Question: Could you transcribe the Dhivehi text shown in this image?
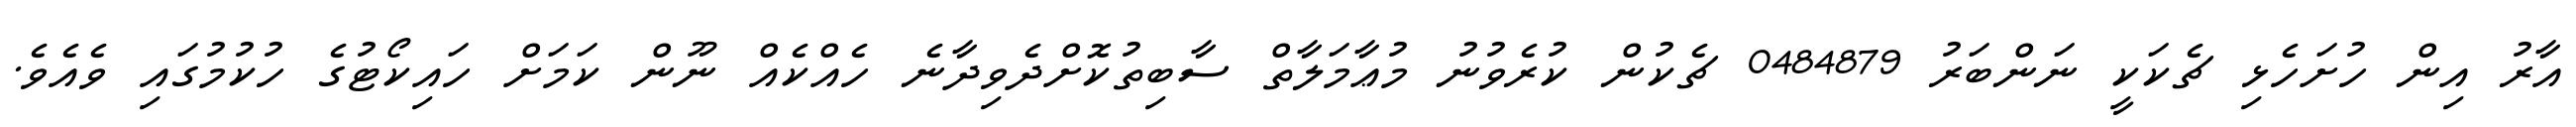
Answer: އާރު އިން ހުށަހެޅި ޗެކަކީ ނަންބަރު 0484879 ޗެކުން ކުރެވުނު މުޢާމަލާތް ސާބިތުކޮށްދެވިދާނެ ހެއްކެއް ނޫން ކަމަށް ހައިކޯޓުގެ ހުކުމުގައި ވެއެވެ.